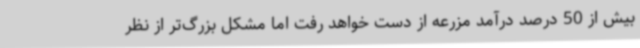
بیش از 50 درصد درآمد مزرعه از دست خواهد رفت اما مشکل بزرگ‌تر از نظر